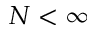
N < \infty